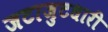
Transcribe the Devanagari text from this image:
जटाजुटधारी